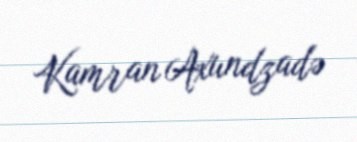
Kamran Axundzadə